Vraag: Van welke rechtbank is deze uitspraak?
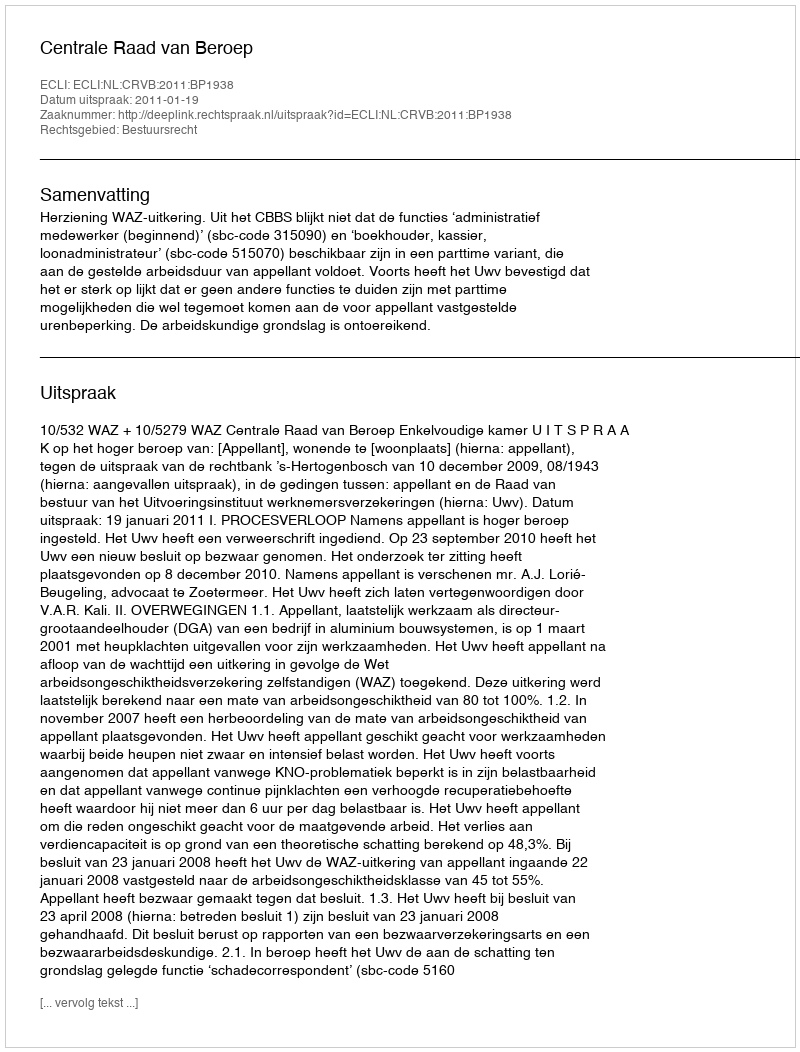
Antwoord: Centrale Raad van Beroep